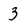
Character: 3